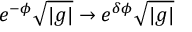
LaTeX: e ^ { - \phi } \sqrt { | g | } \rightarrow e ^ { \delta \phi } \sqrt { | g | }